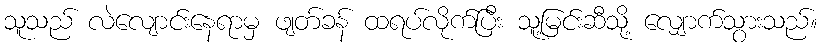
သူသည် လဲလျောင်းနေရာမှ ဖျတ်ခန် ထရပ်လိုက်ပြီး သူ့မြင်းဆီသို့ လျှောက်သွားသည်။